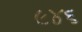
૯૪૬